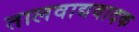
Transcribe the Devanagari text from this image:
तालवाद्यवादक